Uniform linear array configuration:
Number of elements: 8
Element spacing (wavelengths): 1
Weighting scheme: hamming
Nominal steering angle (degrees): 45
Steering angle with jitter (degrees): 45.888
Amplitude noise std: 0.05
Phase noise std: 0.05

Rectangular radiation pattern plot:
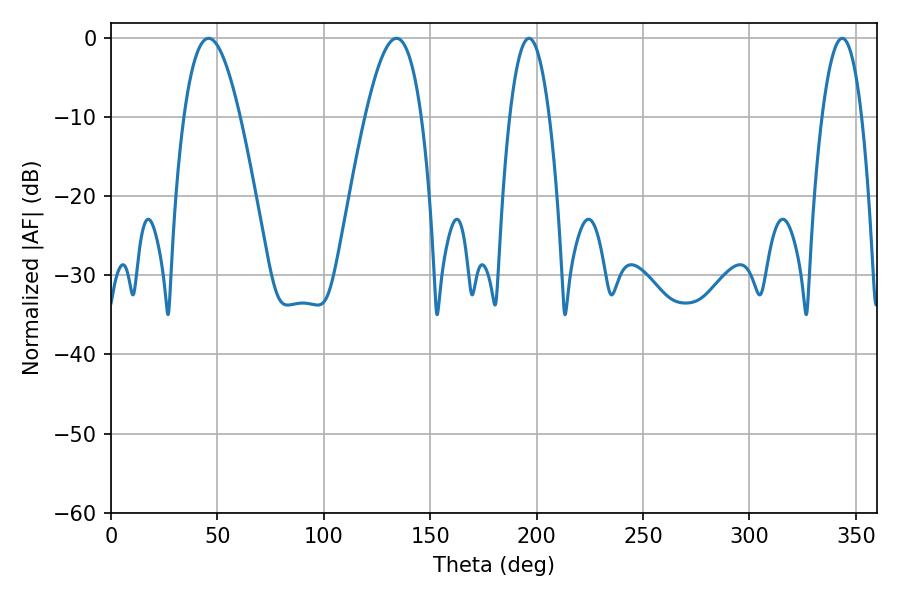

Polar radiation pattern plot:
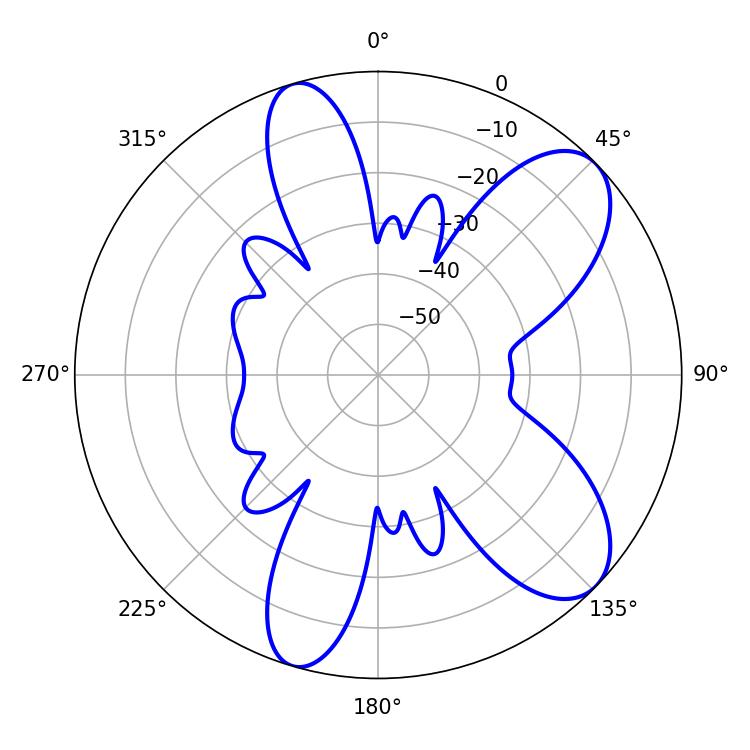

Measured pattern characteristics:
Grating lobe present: TRUE
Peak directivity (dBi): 8.506
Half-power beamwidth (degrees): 10.26
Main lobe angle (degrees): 196.38